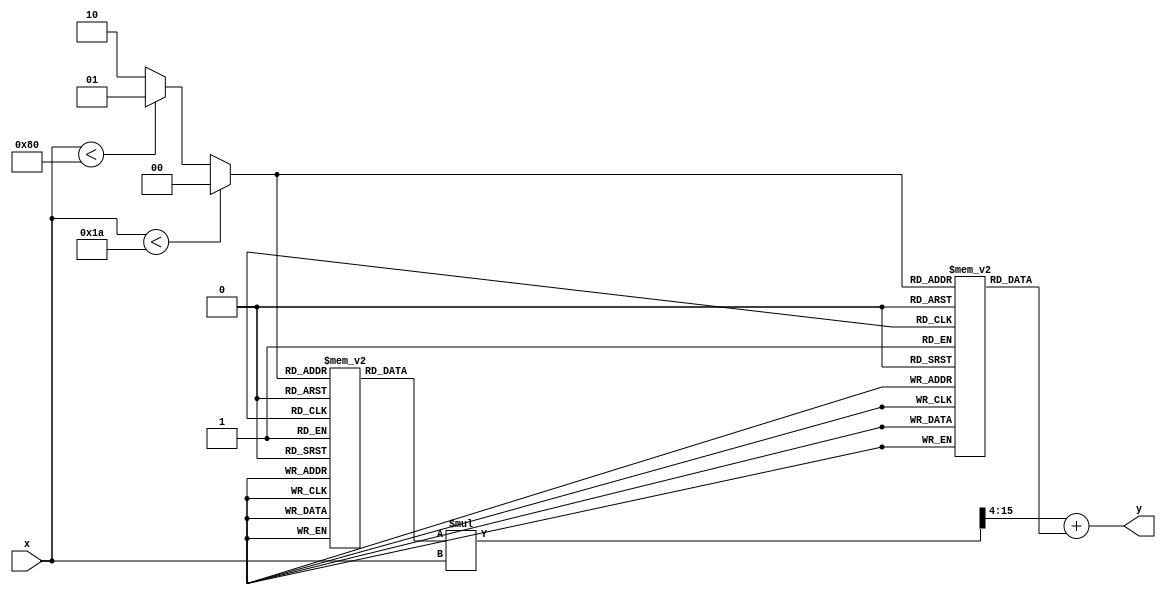
module PLAR (
    input [7:0] x,          // 8-bit fixed-point input (0.0 to 1.0)
    output reg [15:0] y     // 16-bit fixed-point output for reciprocal
);
    // Define the piecewise segments and their coefficients
    // Each entry corresponds to a segment: {slope, intercept}
    // For simplicity, we define 3 segments here
    reg [15:0] lut_m [0:2]; // Slope
    reg [15:0] lut_b [0:2]; // Intercept

    // Segment selection
    reg [1:0] segment;

    initial begin
        // Initialize the lookup table with example coefficients
        // Segment 0: [0.0, 0.1) -> y = 10 * x + 0
        lut_m[0] = 16'h000A; // Slope = 10 (0.1 in fixed-point)
        lut_b[0] = 16'h0000; // Intercept = 0

        // Segment 1: [0.1, 0.5) -> y = 2 * x + 0.2
        lut_m[1] = 16'h0002; // Slope = 2 (0.2 in fixed-point)
        lut_b[1] = 16'h0002; // Intercept = 0.2 (0.2 in fixed-point)

        // Segment 2: [0.5, 1.0) -> y = 1 * x + 0
        lut_m[2] = 16'h0001; // Slope = 1 (1.0 in fixed-point)
        lut_b[2] = 16'h0000; // Intercept = 0
    end

    always @(*) begin
        // Normalize input x to select the appropriate segment
        if (x < 8'h1A) begin // < 0.1
            segment = 2'b00;
        end else if (x < 8'h80) begin // < 0.5
            segment = 2'b01;
        end else begin // >= 0.5
            segment = 2'b10;
        end

        // Calculate the output using the selected segment
        // y = m * x + b
        y = (lut_m[segment] * x) >> 4; // Scale down by 16 for fixed-point
        y = y + lut_b[segment];         // Add intercept
    end
endmodule